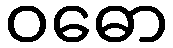
ဝဓော